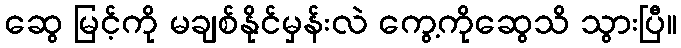
ဆွေ မြင့်ကို မချစ်နိုင်မှန်းလဲ ကွေ့ကိုဆွေသိ သွားပြီ။